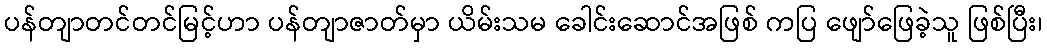
ပန်တျာတင်တင်မြင့်ဟာ ပန်တျာဇာတ်မှာ ယိမ်းသမ ခေါင်းဆောင်အဖြစ် ကပြ ဖျော်ဖြေခဲ့သူ ဖြစ်ပြီး၊